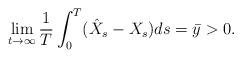
LaTeX: \begin{align*}\lim_{t \to \infty} \frac{1}{T} \int_0^T (\hat X_s - X_s) ds = \bar y > 0.\end{align*}